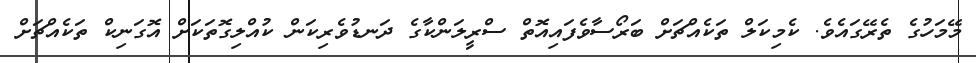
މޭމަހުގެ ތެރޭގައެވެ. ކެމިކަލް ތަކެއްޗަށް ބަރޯސާވެފައިއޮތް ސްރީލަންކާގެ ދަނޑުވެރިކަން ކުއްލިގޮތަކަށް އޮގަނިކް ތަކެއްޗަށް